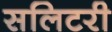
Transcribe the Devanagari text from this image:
सलिटरी